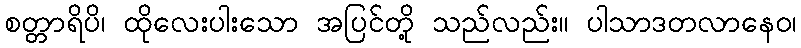
စတ္တာရိပိ၊ ထိုလေးပါးသော အပြင်တို့ သည်လည်း။ ပါသာဒတလာနေဝ၊